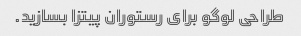
طراحی لوگو برای رستوران پیتزا بسازید.